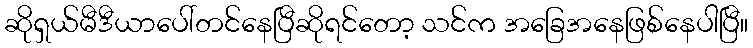
ဆိုရှယ်မီဒီယာပေါ်တင်နေပြီဆိုရင်တော့ သင်က အခြေအနေဖြစ်နေပါပြီ။